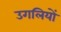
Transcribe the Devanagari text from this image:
उगलियों